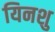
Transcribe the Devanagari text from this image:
यिनशु